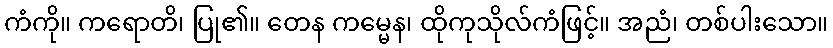
ကံကို။ ကရောတိ၊ ပြု၏။ တေန ကမ္မေန၊ ထိုကုသိုလ်ကံဖြင့်။ အညံ၊ တစ်ပါးသော။